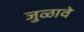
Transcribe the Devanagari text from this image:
जुळावे